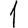
Digit: 1